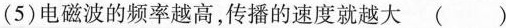
(5)电磁波的频率越高，传播的速度就越大()